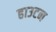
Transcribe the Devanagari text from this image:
हाउटन